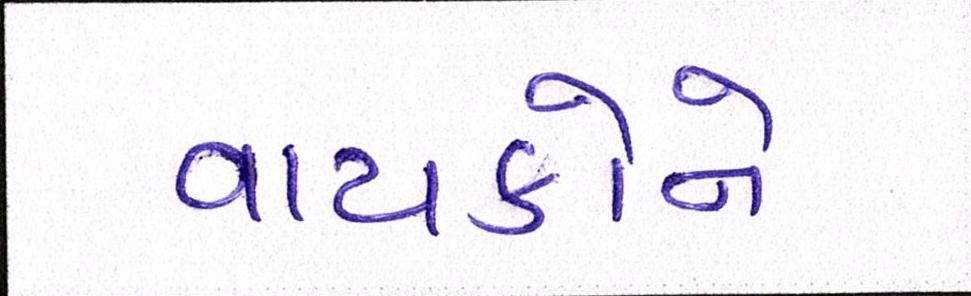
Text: વાચકોને